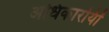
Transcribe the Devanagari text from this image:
अधिकारयिों